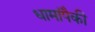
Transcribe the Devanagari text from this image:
धामांपैकी